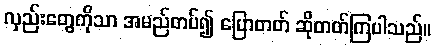
လှည်းတွေကိုသာ အမည်တပ်၍ ပြောတတ် ဆိုတတ်ကြပါသည်။